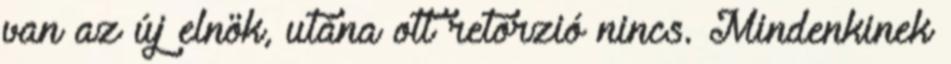
van az új elnök, utána ott retorzió nincs. Mindenkinek